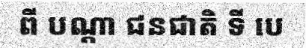
ពី បណ្តា ជនជាតិ ទី បេ